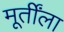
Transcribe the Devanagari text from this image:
मूर्तींला